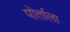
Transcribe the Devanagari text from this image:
पोर्ताला